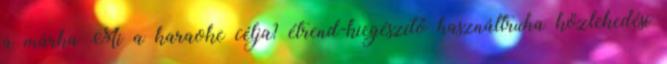
a márka Mi a karaoke célja? étrend-kiegészítő használtruha közlekedési